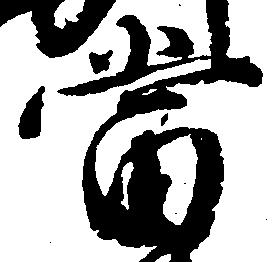
当